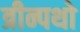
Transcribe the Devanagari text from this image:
त्रीन्पथो